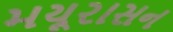
મયૂરાસન